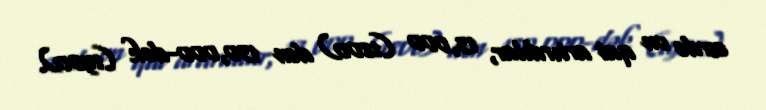
əsrdə on qat artırdılar, 13,000 (1800) dən 130,000-dək (1900).